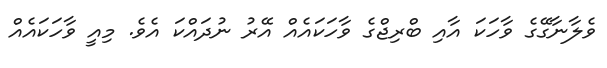
ވެލާނާގޭގެ ވާހަކަ އާއި ބްރިޖްގެ ވާހަކައެއް އޭރު ނުދައްކަ އެވެ. މިއީ ވާހަކައެއް